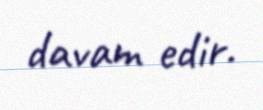
davam edir.